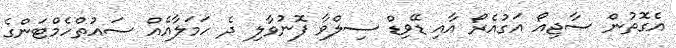
އެގޮތުން ސާޖިއޯ އަގުއެރޯ އާއި ޑޭވިޑް ސިލްވާ ފޮނުވާލި ދެ ހަމަލާއެއް ސައުތްހެމްޓަންގެ